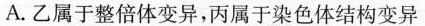
A.乙属于整倍体变异，丙属于染色体结构变异